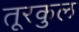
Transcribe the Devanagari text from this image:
तूरकुल